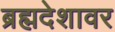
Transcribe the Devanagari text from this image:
ब्रह्मदेशावर